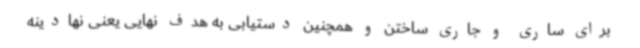
برای ساری و جاری ساختن و همچنین دستیابی به هدف نهایی یعنی نهادینه